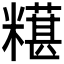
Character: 𫃒